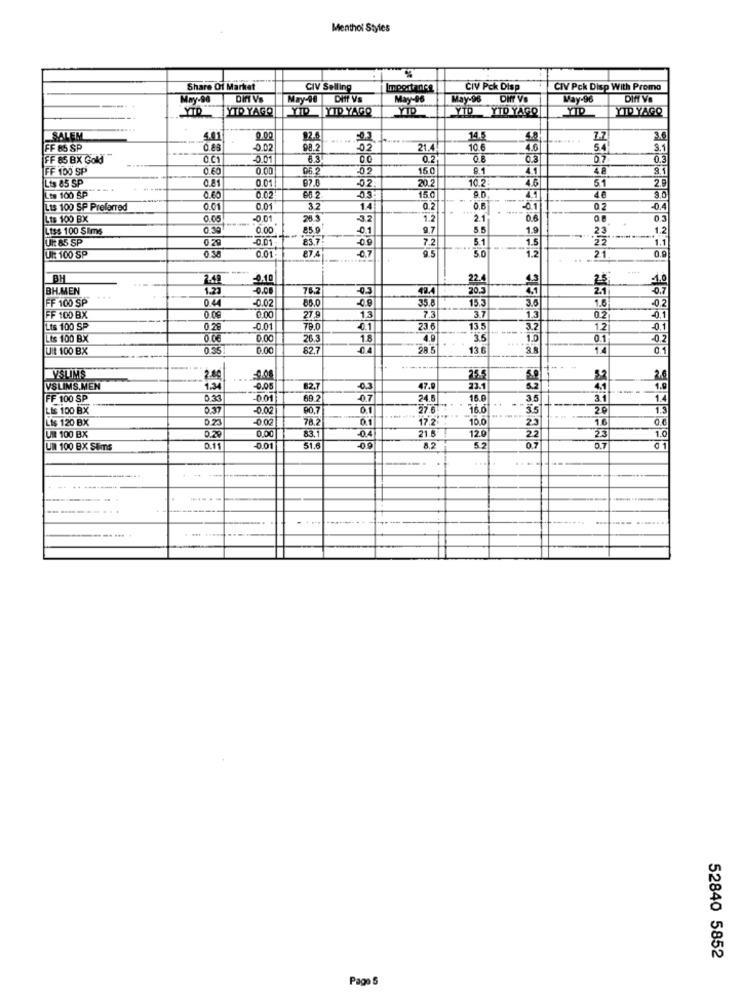
Menthol Styles
Share Of Market
CIV Selling
Importance
CIV Pck Disp
CIV Pck Disp With Promo
May-98
Din VS
Diff VS
May-06
May-96
Way-96
DIN V
YIR YAGO
YTD
TYIP YAGO
YIP
YTD YID YAGO
YIP
YID YAGO
SALEM
4.41
12.4
0.3
.......
FF 85 SP
0.88
0.02
98.2
-02
10.6
4.6
54
FF 85 BX Gold
6.3
00
0.2
0.8
0.3
0.7
0.3
FF 100 SP
0.60
0.00
06 2
150
9.1
4.1
48
8.1
Lis 85 SP
0.81
0.01
87.0
-02
20.2
10.2
4.6
5.1
2.9
15.0
Lts 100 ŠP
03
9.0
4.1
40
3.0
Lts 100 SP Preferred
0.01
0.01
32
1.4
0.8
02
-04
Lts 100 BX
0.05
-0.01
26.3
32
1.2
2.1
0.6
0.3
Li$$ 100 Sims
0.30
0.00
85.9
01
9.1
5.
1.9
23
1.2
Ult 85 SP
-0.01
83.7!
09
7.2
5.1
1.5
22
0 30
87.4
07
1.2
0.
Ul: 100 SP
0.01
50
21
BH
22.
2.5
-1,0
BH.MEN
-0.00
782
49.4
20.3
0.7
FF 100 SP
044
-0.02
-0.9
35.8
15.3
3.6
1.6
-0.
27 9
13
3.7
FF 100 BX
0 0€
6.00
7.3
1.3
0.2
Lts 100 SP
0 28
001
78.0
0.1
23.6
13.5
3.2
1.2
01
Lts 100 BX
0.00
26.3
18
4.9
3.5
1.0
0.1
Uit 100 BX
0.35
0.00
82.7
0.4
28 5
13.6
3.8
1.4
0.1
VSLIMS
25.5
2.6
VSLIMS.MEN
1.34
-0,05
82.7
0.3
47.9
23.1
5.2
4.1
----
1.9
FF 100 SP
001
69.2
-07
24.5
16.0
--
3.5
3.1
Lis 100 BX
D.37
-0.02
90.7
0.1
27.6
16.0
35
20
Lis 120 BX
D 21
-0.00
78.2
0.1
17.2.
10.0
23
1.6
0.6
0.00
83.1
21.8
12.0
22
1.0
UIN 100 BX
0.29
0.4
2.3
UN 100 BX SIms
0.11
0.01
51.6
09
07
01
...
........ ... .
52840 5852
Pago 5